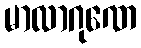
မာလာဂုဏေ